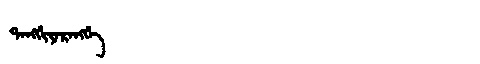
Manchu: ᡨᠠᠩᡤᡳᠶᠠᡵᠠᠩᡤᡝ
Romanization: TANGGIYARANGGE